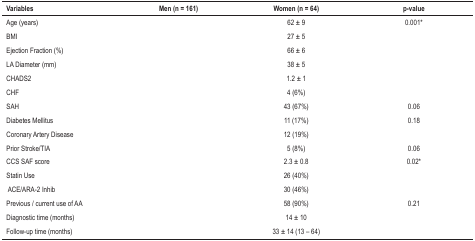
<table><thead><tr><td><b>Variables</b></td><td><b>Men (n = 161)</b></td><td><b>Women (n = 64)</b></td><td><b>p-value</b></td></tr></thead><tbody><tr><td>Age (years)</td><td>[EMPTY_CELL]</td><td>62 ± 9</td><td>0.001*</td></tr><tr><td>BMI</td><td>[EMPTY_CELL]</td><td>27 ± 5</td><td>[EMPTY_CELL]</td></tr><tr><td>Ejection Fraction (%)</td><td>[EMPTY_CELL]</td><td>66 ± 6</td><td>[EMPTY_CELL]</td></tr><tr><td>LA Diameter (mm)</td><td>[EMPTY_CELL]</td><td>38 ± 5</td><td>[EMPTY_CELL]</td></tr><tr><td>CHADS2</td><td>[EMPTY_CELL]</td><td>1.2 ± 1</td><td>[EMPTY_CELL]</td></tr><tr><td>CHF</td><td>[EMPTY_CELL]</td><td>4 (6%)</td><td>[EMPTY_CELL]</td></tr><tr><td>SAH</td><td>[EMPTY_CELL]</td><td>43 (67%)</td><td>0.06</td></tr><tr><td>Diabetes Mellitus</td><td>[EMPTY_CELL]</td><td>11 (17%)</td><td>0.18</td></tr><tr><td>Coronary Artery Disease</td><td>[EMPTY_CELL]</td><td>12 (19%)</td><td>[EMPTY_CELL]</td></tr><tr><td>Prior Stroke/TIA</td><td>[EMPTY_CELL]</td><td>5 (8%)</td><td>0.06</td></tr><tr><td>CCS SAF score</td><td>[EMPTY_CELL]</td><td>2.3 ± 0.8</td><td>0.02*</td></tr><tr><td>Statin Use</td><td>[EMPTY_CELL]</td><td>26 (40%)</td><td>[EMPTY_CELL]</td></tr><tr><td> ACE/ARA-2 Inhib</td><td>[EMPTY_CELL]</td><td>30 (46%)</td><td>[EMPTY_CELL]</td></tr><tr><td>Previous / current use of AA</td><td>[EMPTY_CELL]</td><td>58 (90%)</td><td>0.21</td></tr><tr><td>Diagnostic time (months)</td><td>[EMPTY_CELL]</td><td>14 ± 10</td><td>[EMPTY_CELL]</td></tr><tr><td>Follow-up time (months)</td><td>[EMPTY_CELL]</td><td>33 ± 14 (13 - 64)</td><td>[EMPTY_CELL]</td></tr></tbody></table>